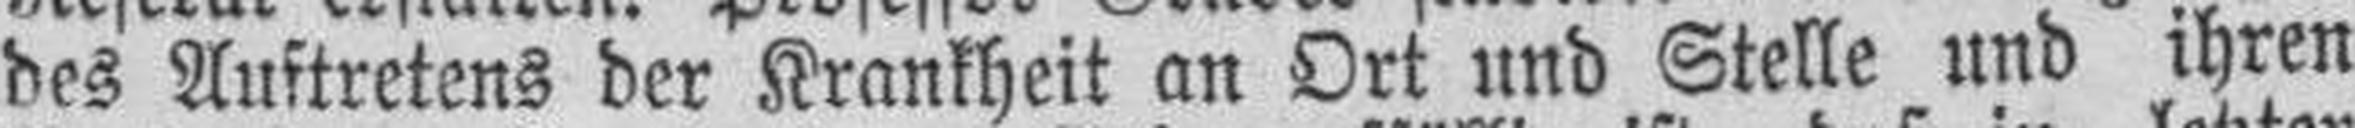
des Auftretens der Krankheit an Ort und Stelle und ihren